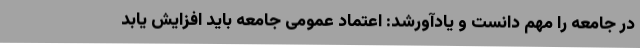
در جامعه را مهم دانست و یادآورشد: اعتماد عمومی جامعه باید افزایش یابد